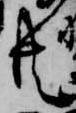
共